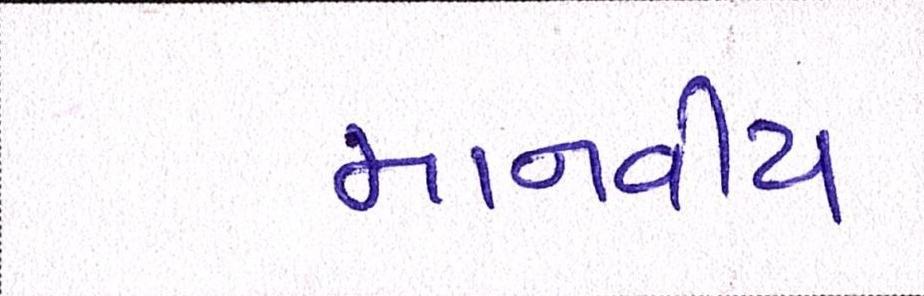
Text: માનવીય